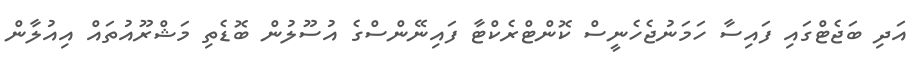
އަދި ބަޖެޓްގައި ފައިސާ ހަމަނުޖެހެނީސް ކޮންޓްރެކްޓާ ފައިނޭންސްގެ އުސޫލުން ބޮޑެތި މަޝްރޫއުތައް އިއުލާން